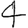
Digit: 4